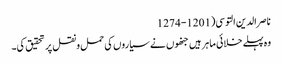
ناصر الدین التوسی(1201-1274
وہ پہلے خلائی ماہر ہیں جنھوں نے سیاروں کی حمل ونقل پر تحقیق کی۔